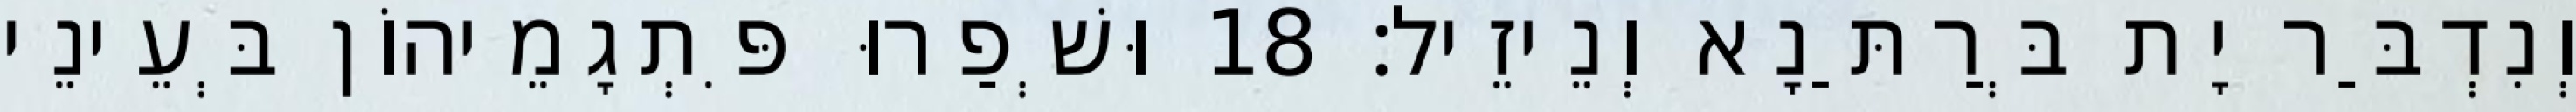
וְנִדְבַּר יָת בְּרַתַּנָא וְנֵיזֵיל׃ 18 וּשְׁפַרוּ פִּתְגָמֵיהוֹן בְּעֵינֵי